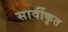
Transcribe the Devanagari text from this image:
सार्वीकृत